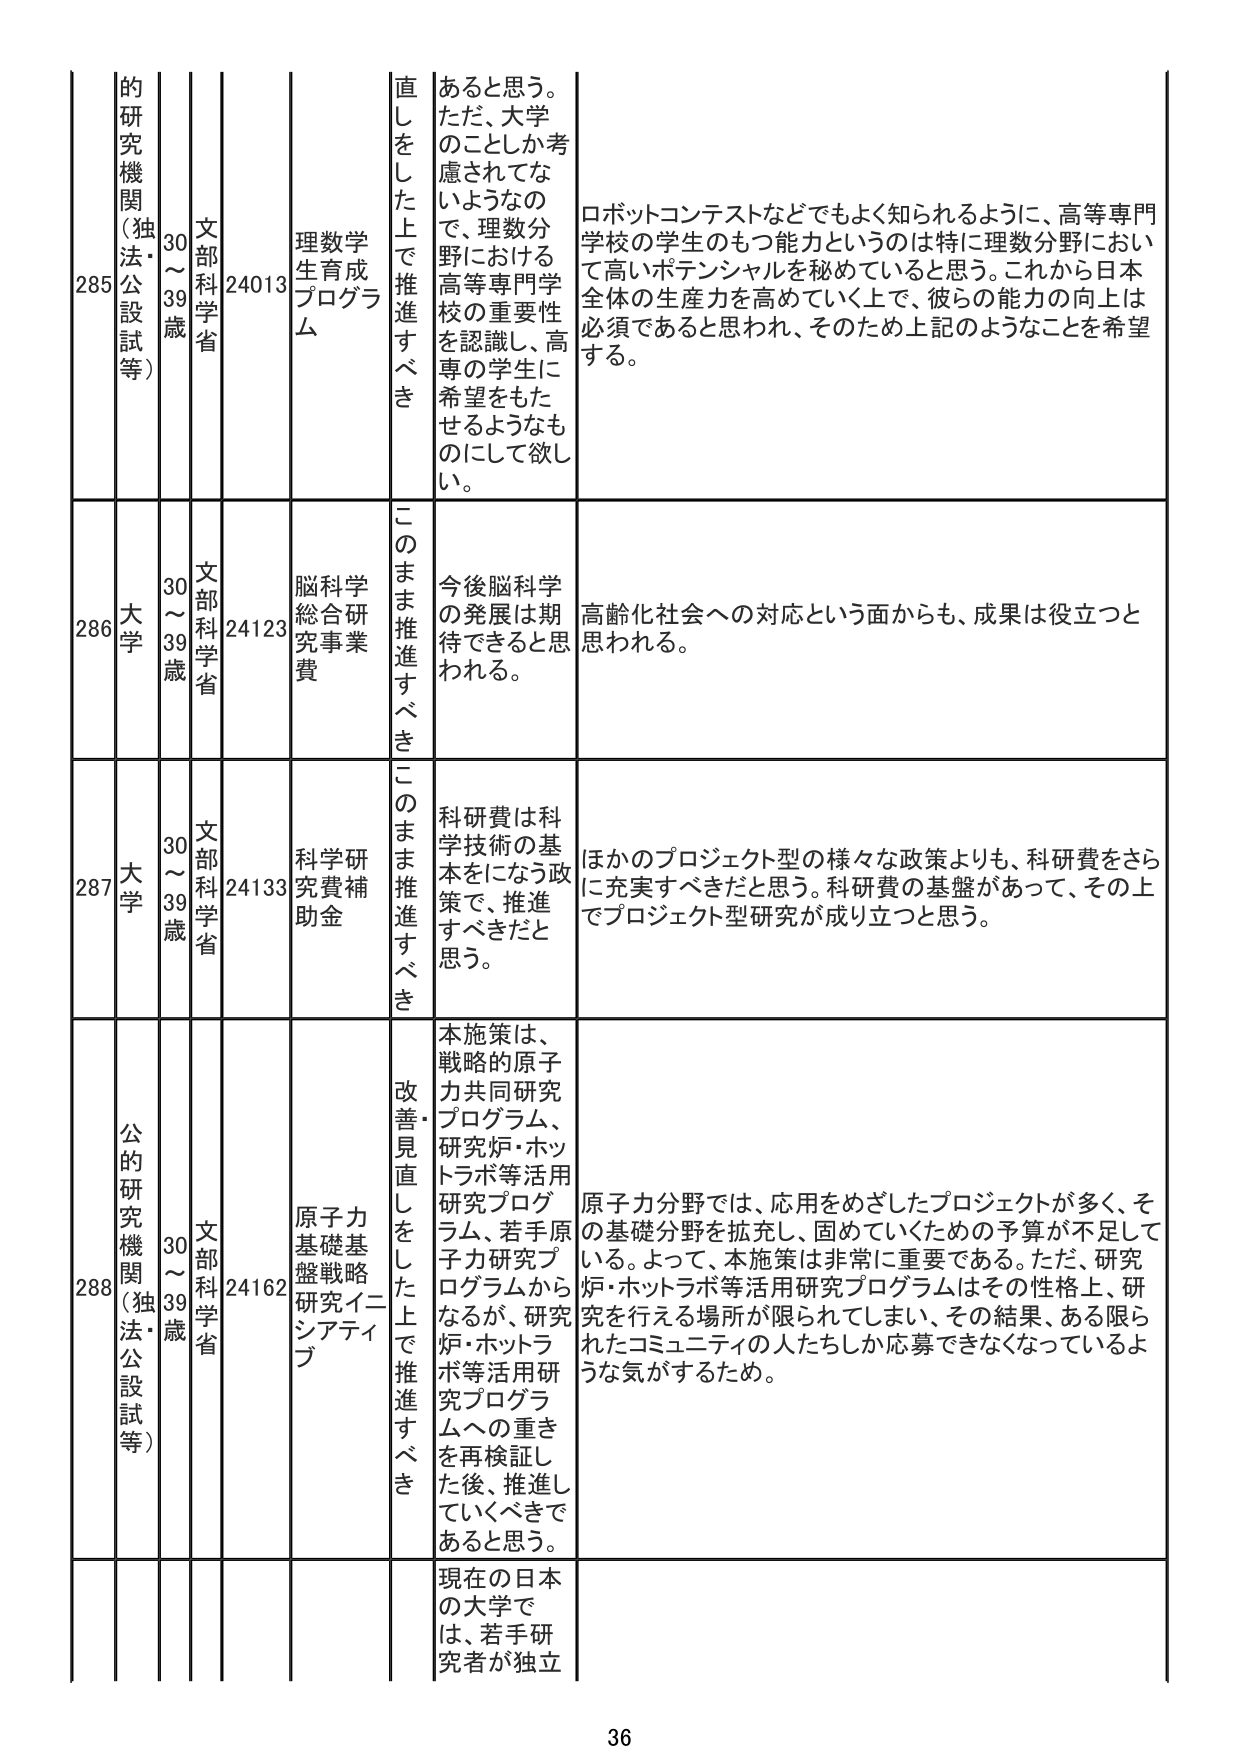
285 的研究機関（独法・公設試等） 30～39歳 文部科学省 24013 理数学生成プログラム 直しをした上で推進すべき あると思う。ただ、大学のことしか考慮されてないようなので、理数分野における高等専門学校の重要性を認識し、高専の学生に希望をもたせるようなものにして欲しい。 ロボットコンテストなどでもよく知られるように、高等専門学校の学生のもつ能力というのは特に理数分野において高いポテンシャルを秘めていると思う。これから日本全体の生産力を高めていく上で、彼らの能力の向上は必須であると思われ、そのため上記のようなことを希望する。

286 大学 30～39歳 文部科学省 24123 脳科学総合研究事業費 このまま推進すべき 今後脳科学の発展は期待できると思われる。 高齢化社会への対応という面からも、成果は役立つと思われる。

287 大学 30～39歳 文部科学省 24133 科学研究費補助金 このまま推進すべき 科研費は科学技術の基本をになう政策で、推進すべきだと思う。 ほかのプロジェクト型の様々な政策よりも、科研費をさらに充実すべきだと思う。科研費の基盤があって、その上でプロジェクト型研究が成り立つと思う。

288 公的研究機関（独法・公設試等） 30～39歳 文部科学省 24162 原子力基礎基盤戦略研究イニシアティブ 改善・見直しをした上で推進すべき 本施策は、戦略的原子力共同研究プログラム、研究炉・ホットラボ等活用研究プログラム、若手原子力研究プログラムからなるが、研究炉・ホットラボ等活用研究プログラムへの重きを再検証した後、推進していくべきであると思う。 原子力分野では、応用をめざしたプロジェクトが多く、その基礎分野を拡充し、固めていくための予算が不足している。よって、本施策は非常に重要である。ただ、研究炉・ホットラボ等活用研究プログラムはその性格上、研究を行える場所が限られてしまい、その結果、ある限られたコミュニティの人たちしか応募できなくなっているような気がするため。

現在の日本の大学では、若手研究者が独立

36